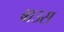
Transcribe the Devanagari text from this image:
ब्राउस